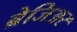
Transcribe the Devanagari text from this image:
ब्रेजिअर